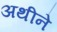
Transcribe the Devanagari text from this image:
अथीने